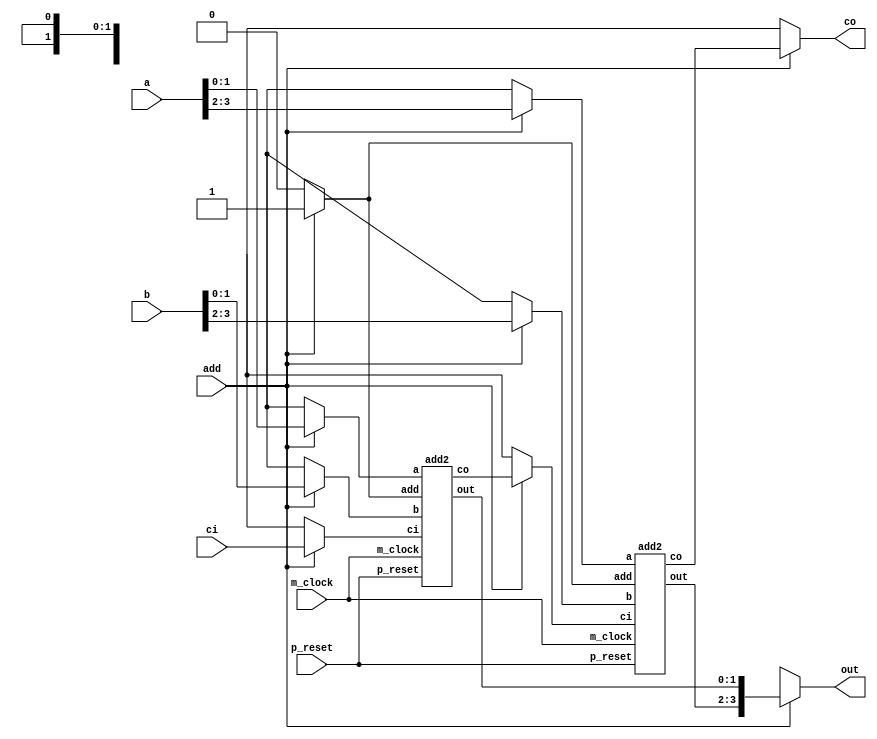
/*
 * This code is produced by: 
 *   FSL Compiler version 0.1 alpha (2020-05-19) build 20E314
 *   Designed by Nobuya WATANABE, Okayama University, 2015-2020.
 * 
 *   Tue Jun 09 20:38:08 JST 2020
 * 
 * The source file of this code: 'add32.fsl'.
 * 
 * INFO: 
 * 
 */
/* ModuleDef: add4 */

module add4(p_reset, m_clock, a, b, ci, out, co, add);
  input        p_reset;
  wire         p_reset;
  input        m_clock;
  wire         m_clock;
  input  [3:0] a;
  wire   [3:0] a;
  input  [3:0] b;
  wire   [3:0] b;
  input        ci;
  wire         ci;
  output [3:0] out;
  wire   [3:0] out;
  output       co;
  wire         co;
  input        add;
  wire         add;
  /* for bundle-type input/output */
  /* decls */
  /* ModuleInstance: a0: ___no_package___.add2 */
  wire         _a0_p_reset;
  wire         _a0_m_clock;
  wire   [1:0] _a0_b;
  wire         _a0_co;
  wire         _a0_ci;
  wire   [1:0] _a0_a;
  wire   [1:0] _a0_out;
  wire         _a0_add;
  add2 a0(.p_reset(_a0_p_reset),
          .m_clock(_a0_m_clock),
          .b(_a0_b),
          .co(_a0_co),
          .ci(_a0_ci),
          .a(_a0_a),
          .out(_a0_out),
          .add(_a0_add));
  /* ModuleInstance: a1: ___no_package___.add2 */
  wire         _a1_p_reset;
  wire         _a1_m_clock;
  wire   [1:0] _a1_b;
  wire         _a1_co;
  wire         _a1_ci;
  wire   [1:0] _a1_a;
  wire   [1:0] _a1_out;
  wire         _a1_add;
  add2 a1(.p_reset(_a1_p_reset),
          .m_clock(_a1_m_clock),
          .b(_a1_b),
          .co(_a1_co),
          .ci(_a1_ci),
          .a(_a1_a),
          .out(_a1_out),
          .add(_a1_add));
  /* local decls */
  wire   [1:0] __net0;
  wire   [1:0] __net1;
  wire         __net2;
  wire   [1:0] __net3;
  wire   [1:0] __net4;
  wire         __net5;
  wire         _add_c1_0_1002;
  wire   [1:0] _add_t0_0_1000;
  wire   [1:0] _add_t1_0_1001;
  /* assigns */
  assign __net0 = add ? a[1:0] : 2'bx;
  assign __net1 = add ? b[1:0] : 2'bx;
  assign __net2 = add ? ci : 1'bx;
  assign __net3 = add ? a[3:2] : 2'bx;
  assign __net4 = add ? b[3:2] : 2'bx;
  assign __net5 = add ? _a0_co : 1'bx;
  assign _a0_a = add ? __net0 : 2'bx;
  assign _a0_add = add ? 1'b1 : 1'b0;
  assign _a0_b = add ? __net1 : 2'bx;
  assign _a0_ci = add ? __net2 : 1'bx;
  assign _a0_m_clock = m_clock;
  assign _a0_p_reset = p_reset;
  assign _a1_a = add ? __net3 : 2'bx;
  assign _a1_add = add ? 1'b1 : 1'b0;
  assign _a1_b = add ? __net4 : 2'bx;
  assign _a1_ci = add ? __net5 : 1'bx;
  assign _a1_m_clock = m_clock;
  assign _a1_p_reset = p_reset;
  assign _add_c1_0_1002 = add ? _a1_co : 1'bx;
  assign _add_t0_0_1000 = add ? _a0_out : 2'bx;
  assign _add_t1_0_1001 = add ? _a1_out : 2'bx;
  assign co = add ? _add_c1_0_1002 : 1'bx;
  assign out = add ? {_add_t1_0_1001, _add_t0_0_1000} : 4'bx;
  /* defs */
  /* FunDef add */
  /*   parameter: a: Bit(4) */
  /*   parameter: b: Bit(4) */
  /*   parameter: ci: Bit(1) */
endmodule
/* ModuleDef: add2 */

module add2(p_reset, m_clock, a, b, ci, out, co, add);
  input        p_reset;
  wire         p_reset;
  input        m_clock;
  wire         m_clock;
  input  [1:0] a;
  wire   [1:0] a;
  input  [1:0] b;
  wire   [1:0] b;
  input        ci;
  wire         ci;
  output [1:0] out;
  wire   [1:0] out;
  output       co;
  wire         co;
  input        add;
  wire         add;
  /* for bundle-type input/output */
  /* decls */
  /* ModuleInstance: a0: ___no_package___.fullAdder */
  wire         _a0_p_reset;
  wire         _a0_m_clock;
  wire         _a0_b;
  wire         _a0_co;
  wire         _a0_ci;
  wire         _a0_a;
  wire         _a0_out;
  wire         _a0_add;
  fullAdder a0(.p_reset(_a0_p_reset),
               .m_clock(_a0_m_clock),
               .b(_a0_b),
               .co(_a0_co),
               .ci(_a0_ci),
               .a(_a0_a),
               .out(_a0_out),
               .add(_a0_add));
  /* ModuleInstance: a1: ___no_package___.fullAdder */
  wire         _a1_p_reset;
  wire         _a1_m_clock;
  wire         _a1_b;
  wire         _a1_co;
  wire         _a1_ci;
  wire         _a1_a;
  wire         _a1_out;
  wire         _a1_add;
  fullAdder a1(.p_reset(_a1_p_reset),
               .m_clock(_a1_m_clock),
               .b(_a1_b),
               .co(_a1_co),
               .ci(_a1_ci),
               .a(_a1_a),
               .out(_a1_out),
               .add(_a1_add));
  /* local decls */
  wire         __net0;
  wire         __net1;
  wire         __net2;
  wire         __net3;
  wire         __net4;
  wire         __net5;
  wire         _add_c1_0_1002;
  wire         _add_t0_0_1000;
  wire         _add_t1_0_1001;
  /* assigns */
  assign __net0 = add ? a[0] : 1'bx;
  assign __net1 = add ? b[0] : 1'bx;
  assign __net2 = add ? ci : 1'bx;
  assign __net3 = add ? a[1] : 1'bx;
  assign __net4 = add ? b[1] : 1'bx;
  assign __net5 = add ? _a0_co : 1'bx;
  assign _a0_a = add ? __net0 : 1'bx;
  assign _a0_add = add ? 1'b1 : 1'b0;
  assign _a0_b = add ? __net1 : 1'bx;
  assign _a0_ci = add ? __net2 : 1'bx;
  assign _a0_m_clock = m_clock;
  assign _a0_p_reset = p_reset;
  assign _a1_a = add ? __net3 : 1'bx;
  assign _a1_add = add ? 1'b1 : 1'b0;
  assign _a1_b = add ? __net4 : 1'bx;
  assign _a1_ci = add ? __net5 : 1'bx;
  assign _a1_m_clock = m_clock;
  assign _a1_p_reset = p_reset;
  assign _add_c1_0_1002 = add ? _a1_co : 1'bx;
  assign _add_t0_0_1000 = add ? _a0_out : 1'bx;
  assign _add_t1_0_1001 = add ? _a1_out : 1'bx;
  assign co = add ? _add_c1_0_1002 : 1'bx;
  assign out = add ? {_add_t1_0_1001, _add_t0_0_1000} : 2'bx;
  /* defs */
  /* FunDef add */
  /*   parameter: a: Bit(2) */
  /*   parameter: b: Bit(2) */
  /*   parameter: ci: Bit(1) */
endmodule
/* ModuleDef: fullAdder */

module fullAdder(p_reset, m_clock, a, b, ci, out, co, add);
  input  p_reset;
  wire   p_reset;
  input  m_clock;
  wire   m_clock;
  input  a;
  wire   a;
  input  b;
  wire   b;
  input  ci;
  wire   ci;
  output out;
  wire   out;
  output co;
  wire   co;
  input  add;
  wire   add;
  /* for bundle-type input/output */
  /* assigns */
  assign co = add ? a & b | a & ci | b & ci : 1'bx;
  assign out = add ? a ^ b ^ ci : 1'bx;
  /* defs */
  /* FunDef add */
  /*   parameter: a: Bit(1) */
  /*   parameter: b: Bit(1) */
  /*   parameter: ci: Bit(1) */
endmodule
/* ModuleDef: add8 */

module add8(p_reset, m_clock, a, b, ci, out, co, ov, add);
  input        p_reset;
  wire         p_reset;
  input        m_clock;
  wire         m_clock;
  input  [7:0] a;
  wire   [7:0] a;
  input  [7:0] b;
  wire   [7:0] b;
  input        ci;
  wire         ci;
  output [7:0] out;
  wire   [7:0] out;
  output       co;
  wire         co;
  output       ov;
  wire         ov;
  input        add;
  wire         add;
  /* for bundle-type input/output */
  /* decls */
  /* ModuleInstance: a0: ___no_package___.add4 */
  wire         _a0_p_reset;
  wire         _a0_m_clock;
  wire   [3:0] _a0_b;
  wire         _a0_co;
  wire         _a0_ci;
  wire   [3:0] _a0_a;
  wire   [3:0] _a0_out;
  wire         _a0_add;
  add4 a0(.p_reset(_a0_p_reset),
          .m_clock(_a0_m_clock),
          .b(_a0_b),
          .co(_a0_co),
          .ci(_a0_ci),
          .a(_a0_a),
          .out(_a0_out),
          .add(_a0_add));
  /* ModuleInstance: a1: ___no_package___.add4 */
  wire         _a1_p_reset;
  wire         _a1_m_clock;
  wire   [3:0] _a1_b;
  wire         _a1_co;
  wire         _a1_ci;
  wire   [3:0] _a1_a;
  wire   [3:0] _a1_out;
  wire         _a1_add;
  add4 a1(.p_reset(_a1_p_reset),
          .m_clock(_a1_m_clock),
          .b(_a1_b),
          .co(_a1_co),
          .ci(_a1_ci),
          .a(_a1_a),
          .out(_a1_out),
          .add(_a1_add));
  /* local decls */
  wire   [3:0] __net0;
  wire   [3:0] __net1;
  wire         __net2;
  wire   [3:0] __net3;
  wire   [3:0] __net4;
  wire         __net5;
  wire         _add_c1_0_1002;
  wire   [3:0] _add_t0_0_1000;
  wire   [3:0] _add_t1_0_1001;
  /* assigns */
  assign __net0 = add ? a[3:0] : 4'bx;
  assign __net1 = add ? b[3:0] : 4'bx;
  assign __net2 = add ? ci : 1'bx;
  assign __net3 = add ? a[7:4] : 4'bx;
  assign __net4 = add ? b[7:4] : 4'bx;
  assign __net5 = add ? _a0_co : 1'bx;
  assign _a0_a = add ? __net0 : 4'bx;
  assign _a0_add = add ? 1'b1 : 1'b0;
  assign _a0_b = add ? __net1 : 4'bx;
  assign _a0_ci = add ? __net2 : 1'bx;
  assign _a0_m_clock = m_clock;
  assign _a0_p_reset = p_reset;
  assign _a1_a = add ? __net3 : 4'bx;
  assign _a1_add = add ? 1'b1 : 1'b0;
  assign _a1_b = add ? __net4 : 4'bx;
  assign _a1_ci = add ? __net5 : 1'bx;
  assign _a1_m_clock = m_clock;
  assign _a1_p_reset = p_reset;
  assign _add_c1_0_1002 = add ? _a1_co : 1'bx;
  assign _add_t0_0_1000 = add ? _a0_out : 4'bx;
  assign _add_t1_0_1001 = add ? _a1_out : 4'bx;
  assign co = add ? _add_c1_0_1002 : 1'bx;
  assign out = add ? {_add_t1_0_1001, _add_t0_0_1000} : 8'bx;
  assign ov = add ? 
                ~a[7] & ~b[7] & _add_t1_0_1001[3] | a[7] & b[7] & ~_add_t1_0_1001[3] : 
                1'bx;
  /* defs */
  /* FunDef add */
  /*   parameter: a: Bit(8) */
  /*   parameter: b: Bit(8) */
  /*   parameter: ci: Bit(1) */
endmodule
/* ModuleDef: add16 */

module add16(p_reset, m_clock, a, b, ci, out, co, ov, add);
  input         p_reset;
  wire          p_reset;
  input         m_clock;
  wire          m_clock;
  input  [15:0] a;
  wire   [15:0] a;
  input  [15:0] b;
  wire   [15:0] b;
  input         ci;
  wire          ci;
  output [15:0] out;
  wire   [15:0] out;
  output        co;
  wire          co;
  output        ov;
  wire          ov;
  input         add;
  wire          add;
  /* for bundle-type input/output */
  /* decls */
  /* ModuleInstance: a0: ___no_package___.add8 */
  wire          _a0_p_reset;
  wire          _a0_m_clock;
  wire    [7:0] _a0_b;
  wire          _a0_co;
  wire          _a0_ci;
  wire    [7:0] _a0_a;
  wire    [7:0] _a0_out;
  wire          _a0_ov;
  wire          _a0_add;
  add8 a0(.p_reset(_a0_p_reset),
          .m_clock(_a0_m_clock),
          .b(_a0_b),
          .co(_a0_co),
          .ci(_a0_ci),
          .a(_a0_a),
          .out(_a0_out),
          .ov(_a0_ov),
          .add(_a0_add));
  /* ModuleInstance: a1: ___no_package___.add8 */
  wire          _a1_p_reset;
  wire          _a1_m_clock;
  wire    [7:0] _a1_b;
  wire          _a1_co;
  wire          _a1_ci;
  wire    [7:0] _a1_a;
  wire    [7:0] _a1_out;
  wire          _a1_ov;
  wire          _a1_add;
  add8 a1(.p_reset(_a1_p_reset),
          .m_clock(_a1_m_clock),
          .b(_a1_b),
          .co(_a1_co),
          .ci(_a1_ci),
          .a(_a1_a),
          .out(_a1_out),
          .ov(_a1_ov),
          .add(_a1_add));
  /* local decls */
  wire    [7:0] __net0;
  wire    [7:0] __net1;
  wire          __net2;
  wire    [7:0] __net3;
  wire    [7:0] __net4;
  wire          __net5;
  wire          _add_c1_0_1002;
  wire    [7:0] _add_t0_0_1000;
  wire    [7:0] _add_t1_0_1001;
  /* assigns */
  assign __net0 = add ? a[7:0] : 8'bx;
  assign __net1 = add ? b[7:0] : 8'bx;
  assign __net2 = add ? ci : 1'bx;
  assign __net3 = add ? a[15:8] : 8'bx;
  assign __net4 = add ? b[15:8] : 8'bx;
  assign __net5 = add ? _a0_co : 1'bx;
  assign _a0_a = add ? __net0 : 8'bx;
  assign _a0_add = add ? 1'b1 : 1'b0;
  assign _a0_b = add ? __net1 : 8'bx;
  assign _a0_ci = add ? __net2 : 1'bx;
  assign _a0_m_clock = m_clock;
  assign _a0_p_reset = p_reset;
  assign _a1_a = add ? __net3 : 8'bx;
  assign _a1_add = add ? 1'b1 : 1'b0;
  assign _a1_b = add ? __net4 : 8'bx;
  assign _a1_ci = add ? __net5 : 1'bx;
  assign _a1_m_clock = m_clock;
  assign _a1_p_reset = p_reset;
  assign _add_c1_0_1002 = add ? _a1_co : 1'bx;
  assign _add_t0_0_1000 = add ? _a0_out : 8'bx;
  assign _add_t1_0_1001 = add ? _a1_out : 8'bx;
  assign co = add ? _add_c1_0_1002 : 1'bx;
  assign out = add ? {_add_t1_0_1001, _add_t0_0_1000} : 16'bx;
  assign ov = add ? 
                ~a[15] & ~b[15] & _add_t1_0_1001[7] | a[15] & b[15] & ~_add_t1_0_1001[7] : 
                1'bx;
  /* defs */
  /* FunDef add */
  /*   parameter: a: Bit(16) */
  /*   parameter: b: Bit(16) */
  /*   parameter: ci: Bit(1) */
endmodule
/* ModuleDef: add32 */

module add32(p_reset, m_clock, a, b, cin, sum, cout, ov, add);
  input         p_reset;
  wire          p_reset;
  input         m_clock;
  wire          m_clock;
  input  [31:0] a;
  wire   [31:0] a;
  input  [31:0] b;
  wire   [31:0] b;
  input         cin;
  wire          cin;
  output [31:0] sum;
  wire   [31:0] sum;
  output        cout;
  wire          cout;
  output        ov;
  wire          ov;
  input         add;
  wire          add;
  /* for bundle-type input/output */
  /* decls */
  /* ModuleInstance: a0: ___no_package___.add16 */
  wire          _a0_p_reset;
  wire          _a0_m_clock;
  wire   [15:0] _a0_b;
  wire          _a0_co;
  wire          _a0_ci;
  wire   [15:0] _a0_a;
  wire   [15:0] _a0_out;
  wire          _a0_ov;
  wire          _a0_add;
  add16 a0(.p_reset(_a0_p_reset),
           .m_clock(_a0_m_clock),
           .b(_a0_b),
           .co(_a0_co),
           .ci(_a0_ci),
           .a(_a0_a),
           .out(_a0_out),
           .ov(_a0_ov),
           .add(_a0_add));
  /* ModuleInstance: a1: ___no_package___.add16 */
  wire          _a1_p_reset;
  wire          _a1_m_clock;
  wire   [15:0] _a1_b;
  wire          _a1_co;
  wire          _a1_ci;
  wire   [15:0] _a1_a;
  wire   [15:0] _a1_out;
  wire          _a1_ov;
  wire          _a1_add;
  add16 a1(.p_reset(_a1_p_reset),
           .m_clock(_a1_m_clock),
           .b(_a1_b),
           .co(_a1_co),
           .ci(_a1_ci),
           .a(_a1_a),
           .out(_a1_out),
           .ov(_a1_ov),
           .add(_a1_add));
  /* local decls */
  wire   [15:0] __net0;
  wire   [15:0] __net1;
  wire          __net2;
  wire   [15:0] __net3;
  wire   [15:0] __net4;
  wire          __net5;
  wire          _add_c1_0_1002;
  wire   [15:0] _add_t0_0_1000;
  wire   [15:0] _add_t1_0_1001;
  /* assigns */
  assign __net0 = add ? a[15:0] : 16'bx;
  assign __net1 = add ? b[15:0] : 16'bx;
  assign __net2 = add ? cin : 1'bx;
  assign __net3 = add ? a[31:16] : 16'bx;
  assign __net4 = add ? b[31:16] : 16'bx;
  assign __net5 = add ? _a0_co : 1'bx;
  assign _a0_a = add ? __net0 : 16'bx;
  assign _a0_add = add ? 1'b1 : 1'b0;
  assign _a0_b = add ? __net1 : 16'bx;
  assign _a0_ci = add ? __net2 : 1'bx;
  assign _a0_m_clock = m_clock;
  assign _a0_p_reset = p_reset;
  assign _a1_a = add ? __net3 : 16'bx;
  assign _a1_add = add ? 1'b1 : 1'b0;
  assign _a1_b = add ? __net4 : 16'bx;
  assign _a1_ci = add ? __net5 : 1'bx;
  assign _a1_m_clock = m_clock;
  assign _a1_p_reset = p_reset;
  assign _add_c1_0_1002 = add ? _a1_co : 1'bx;
  assign _add_t0_0_1000 = add ? _a0_out : 16'bx;
  assign _add_t1_0_1001 = add ? _a1_out : 16'bx;
  assign cout = add ? _add_c1_0_1002 : 1'bx;
  assign ov = add ? 
                ~a[31] & ~b[31] & _add_t1_0_1001[15] | a[31] & b[31] & ~_add_t1_0_1001[15] : 
                1'bx;
  assign sum = add ? {_add_t1_0_1001, _add_t0_0_1000} : 32'bx;
  /* defs */
  /* FunDef add */
  /*   parameter: a: Bit(32) */
  /*   parameter: b: Bit(32) */
  /*   parameter: cin: Bit(1) */
endmodule
/* End of file (add32.v) */